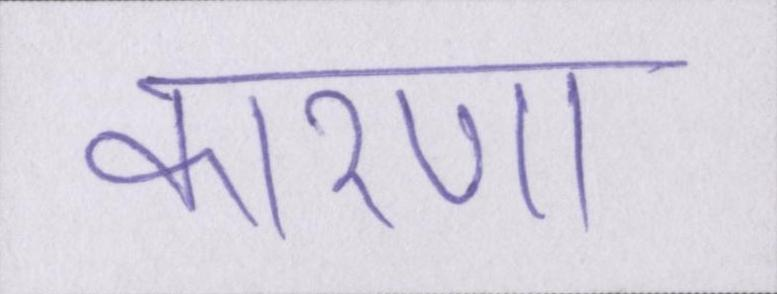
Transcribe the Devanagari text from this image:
कारणों